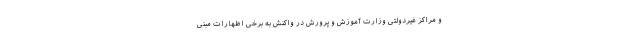
و مراکز غیردولتی وزارت آموزش و پرورش در واکنش به برخی اظهارات مبنی